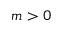
m > 0